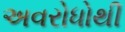
અવરોધોથી